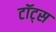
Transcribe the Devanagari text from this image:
टॉट्स